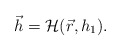
\begin{align*}\vec{h} = \mathcal{H} ( \vec{r}, h_1 ) . \end{align*}